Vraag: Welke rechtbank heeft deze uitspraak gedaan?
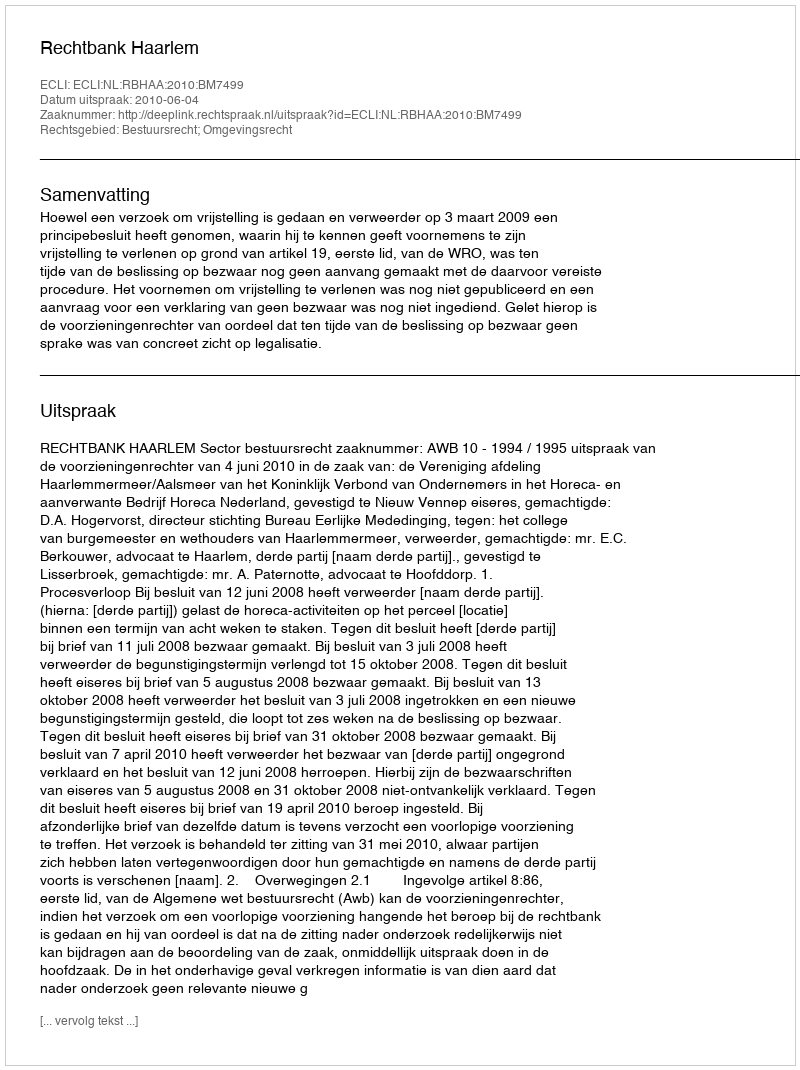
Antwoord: Rechtbank Haarlem